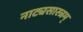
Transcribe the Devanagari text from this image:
नाट्यसास्त्रम्